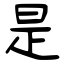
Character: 是